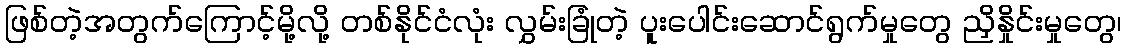
ဖြစ်တဲ့အတွက်ကြောင့်မို့လို့ တစ်နိုင်ငံလုံး လွှမ်းခြုံတဲ့ ပူးပေါင်းဆောင်ရွက်မှုတွေ ညှိနှိုင်းမှုတွေ၊